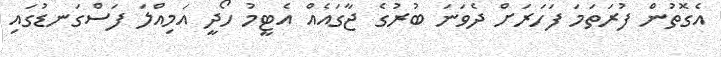
އެގޮތުން ފުރަތަމަ ފަހަރަށް ދެވަނަ ބުރުގެ ޖާގައެއް އެޓީމު ހޯދީ އަމިއްލަ ފަސްގަނޑުގައި